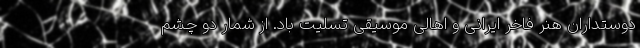
دوستداران هنر فاخر ایرانی و اهالی موسیقی تسلیت باد. از شمار دو چشم